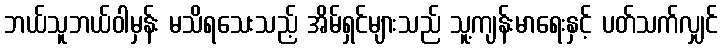
ဘယ်သူဘယ်ဝါမှန်း မသိရသေးသည့် အိမ်ရှင်များသည် သူ့ကျန်းမာရေးနှင့် ပတ်သက်လျှင်